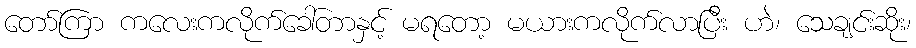
တော်ကြာ ကလေးကလိုက်ခေါ်တာနှင့် မရတော့ မယားကလိုက်လာပြီး ဟဲ၊ သေချင်းဆိုး၊